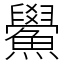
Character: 鱟